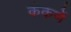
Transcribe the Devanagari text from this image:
कंकणें